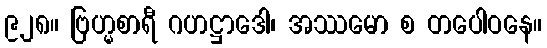
၉၂၈။ ဗြဟ္မစာရီ ဂဟဋ္ဌာဒေါ၊ အဿမော စ တပေါဝနေ။